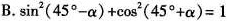
B.$$\sin^{2}(45^{\circ}-\alpha )+\cos^{2}(45^{\circ}+\alpha )=1$$